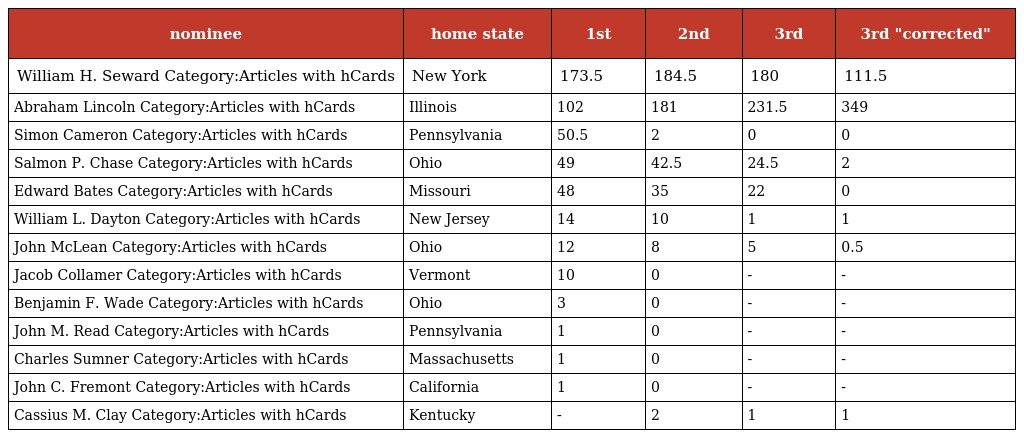
| nominee | home state | 1st | 2nd | 3rd | 3rd "corrected" |
 | --- | --- | --- | --- | --- | --- |
 | William H. Seward Category:Articles with hCards | New York | 173.5 | 184.5 | 180 | 111.5 |
 | Abraham Lincoln Category:Articles with hCards | Illinois | 102 | 181 | 231.5 | 349 |
 | Simon Cameron Category:Articles with hCards | Pennsylvania | 50.5 | 2 | 0 | 0 |
 | Salmon P. Chase Category:Articles with hCards | Ohio | 49 | 42.5 | 24.5 | 2 |
 | Edward Bates Category:Articles with hCards | Missouri | 48 | 35 | 22 | 0 |
 | William L. Dayton Category:Articles with hCards | New Jersey | 14 | 10 | 1 | 1 |
 | John McLean Category:Articles with hCards | Ohio | 12 | 8 | 5 | 0.5 |
 | Jacob Collamer Category:Articles with hCards | Vermont | 10 | 0 | - | - |
 | Benjamin F. Wade Category:Articles with hCards | Ohio | 3 | 0 | - | - |
 | John M. Read Category:Articles with hCards | Pennsylvania | 1 | 0 | - | - |
 | Charles Sumner Category:Articles with hCards | Massachusetts | 1 | 0 | - | - |
 | John C. Fremont Category:Articles with hCards | California | 1 | 0 | - | - |
 | Cassius M. Clay Category:Articles with hCards | Kentucky | - | 2 | 1 | 1 |